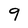
Character: 9